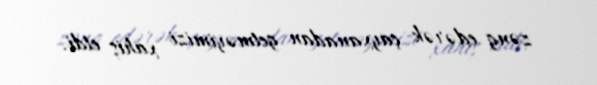
zəng edərək çayxanadan getməyimizi xahiş etdi.